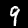
Label: 9